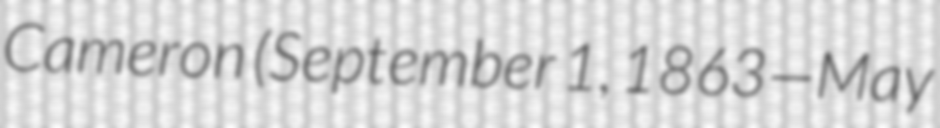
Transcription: Cameron (September 1, 1863—May